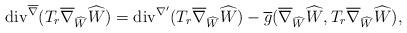
LaTeX: \begin{align*} \mathrm{div}^{\overline{\nabla}}(T_{r}\overline{\nabla}_{\widehat{W}}\widehat{W})=\mathrm{div}^{\nabla'}(T_{r}\overline{\nabla}_{\widehat{W}}\widehat{W})-\overline{g}(\overline{\nabla}_{\widehat{W}}\widehat{W},T_{r}\overline{\nabla}_{\widehat{W}}\widehat{W}), \end{align*}